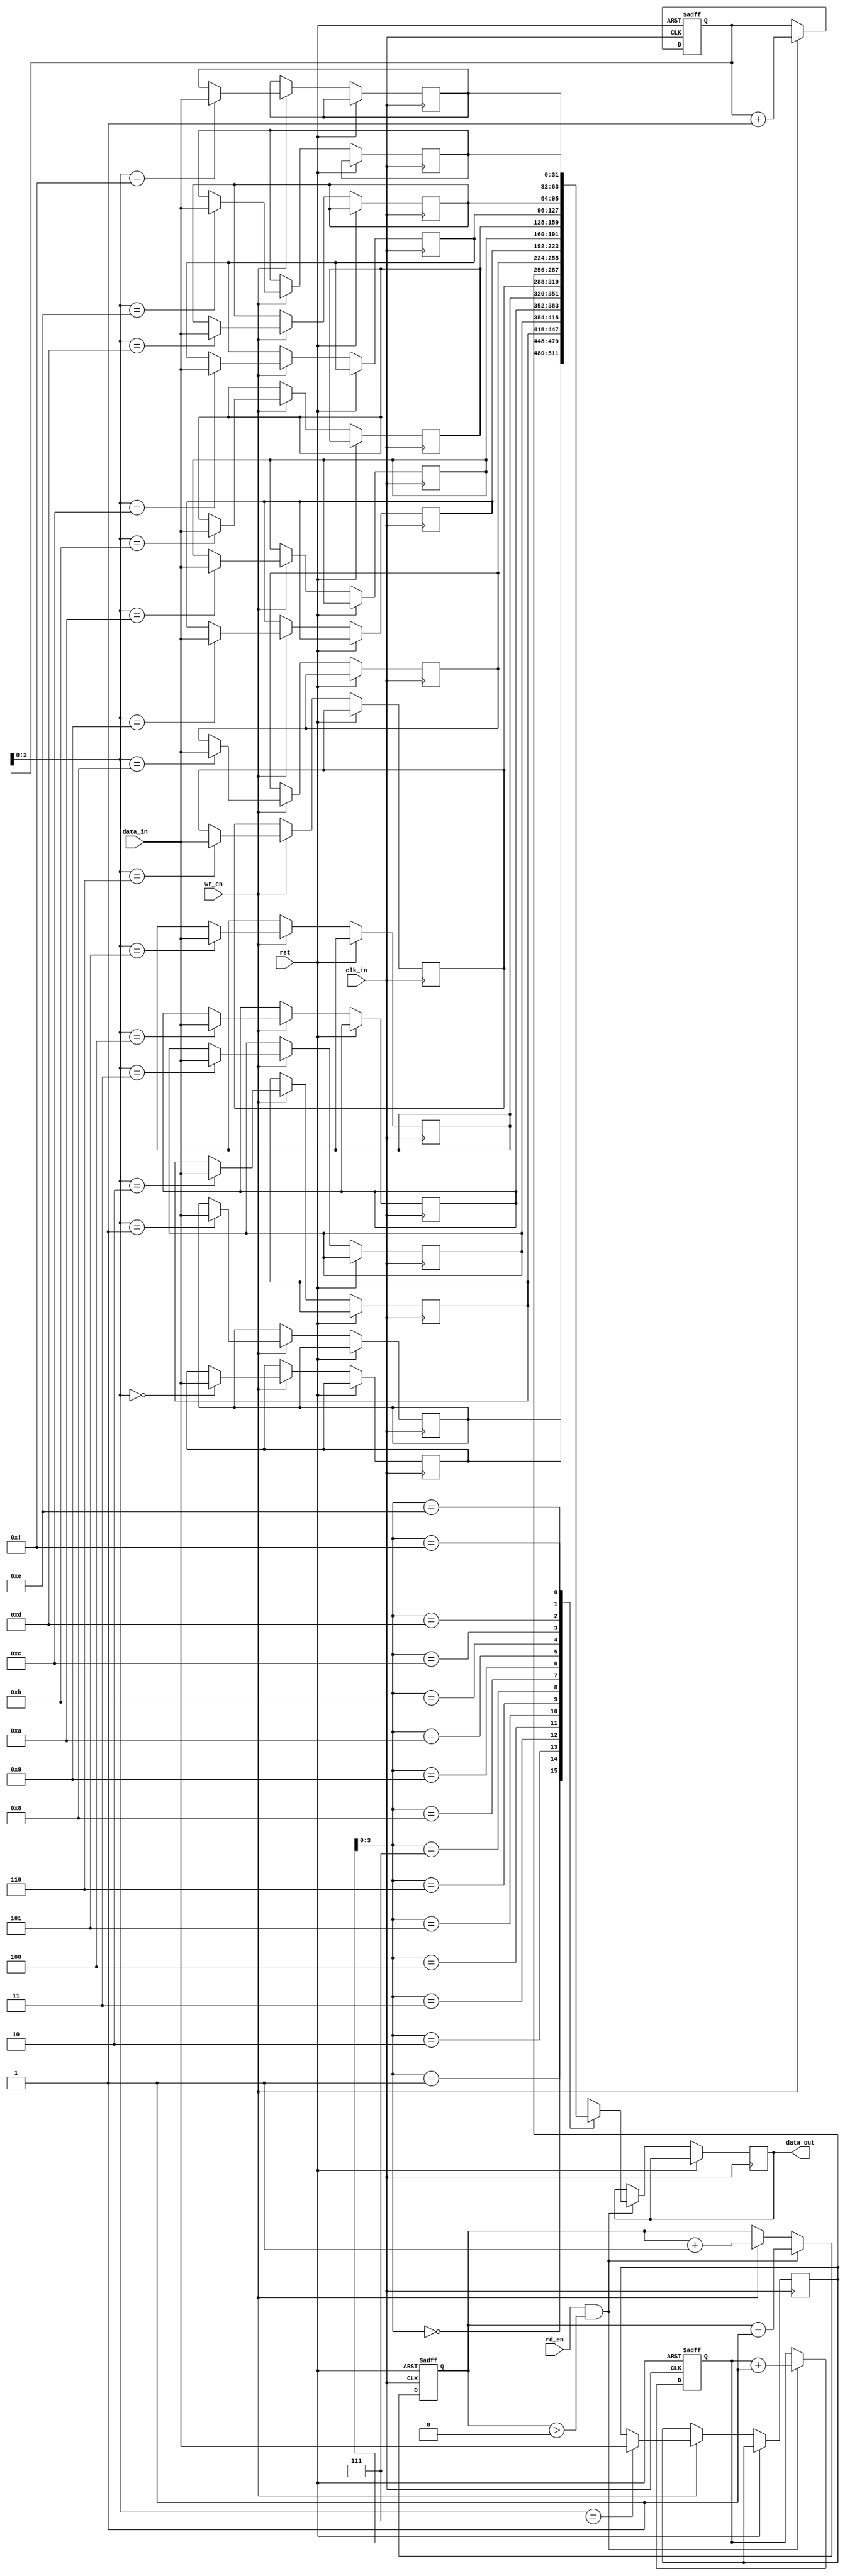
module Last_Word_Fall_Through_FIFO (
    input wire clk_in,           // Input clock signal
    input wire rst,              // Reset signal
    input wire [31:0] data_in,   // Input data
    input wire wr_en,            // Write enable signal
    output reg [31:0] data_out,  // Output data
    input wire rd_en             // Read enable signal
);

reg [31:0] fifo_buffer [15:0];  // FIFO buffer with 16 entries
reg [4:0] wr_ptr = 0;           // Write pointer
reg [4:0] rd_ptr = 0;           // Read pointer
reg [4:0] count = 0;            // Number of entries in the buffer

always @ (posedge clk_in or posedge rst) begin
    if (rst) begin
        count <= 0;
        wr_ptr <= 0;
        rd_ptr <= 0;
    end else begin
        if (wr_en) begin
            fifo_buffer[wr_ptr] <= data_in;
            wr_ptr <= wr_ptr + 1;
            count <= count + 1;
        end
        
        if (rd_en && count > 0) begin
            data_out <= fifo_buffer[rd_ptr];
            rd_ptr <= rd_ptr + 1;
            count <= count - 1;
        end
    end
end

endmodule